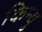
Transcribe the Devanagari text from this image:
किन्थु